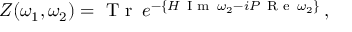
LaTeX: Z ( \omega _ { 1 } , \omega _ { 2 } ) = \textrm { T r } \, e ^ { - \{ H \, \footnotesize \textrm { I m } \normalsize \, \omega _ { 2 } - i P \, \footnotesize \textrm { R e } \normalsize \, \omega _ { 2 } \} } \, ,